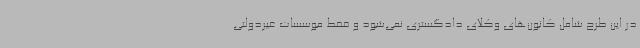
در این طرح شامل کانون‌های وکلای دادگستری نمی‌شود و فقط موسسات غیردولتی